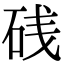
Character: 𥒎